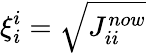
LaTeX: \xi_{i}^{i}=\sqrt{J_{ii}^{now}}